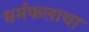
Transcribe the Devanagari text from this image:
धर्मफलाचा